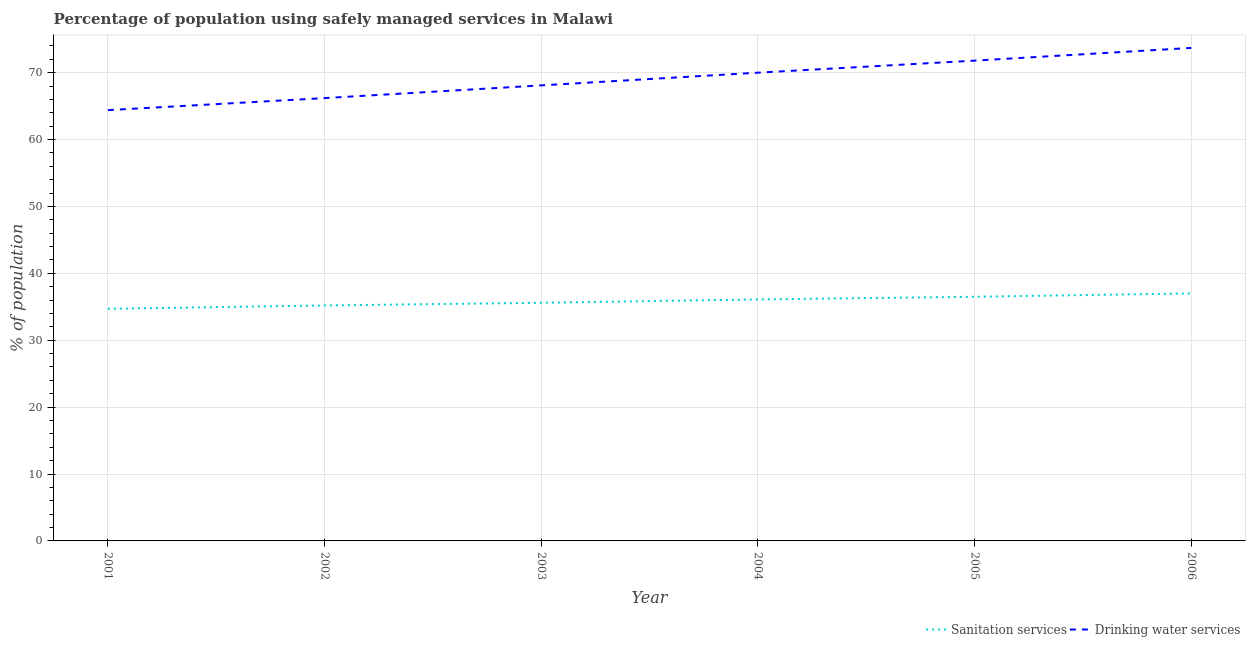
| Year | Sanitation services | Drinking water services |
 | --- | --- | --- |
 | 2001 | 34.7 | 64.4 |
 | 2002 | 35.2 | 66.2 |
 | 2003 | 35.6 | 68.1 |
 | 2004 | 36.1 | 70 |
 | 2005 | 36.5 | 71.8 |
 | 2006 | 37 | 73.7 |